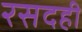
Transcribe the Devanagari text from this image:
रसदही